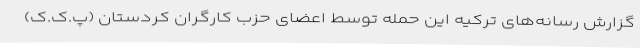
گزارش رسانه‌های ترکیه این حمله توسط اعضای حزب کارگران کردستان (پ.‌ک.ک)